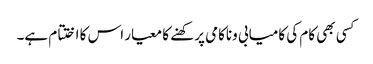
کسی بھی کام کی کامیابی وناکامی پرکھنے کا معیار اس کا اختتام ہے۔